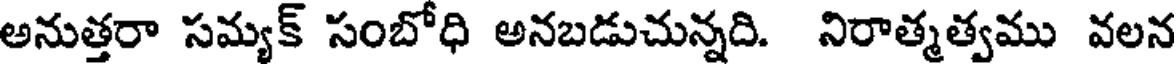
అనుత్తరా సమ్యక్ సంబోధి అనబడుచున్నది. నిరాత్మత్వము వలన